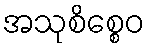
အသုစိစ္စေဝ